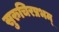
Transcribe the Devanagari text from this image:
सुरुचिरप्रभम्